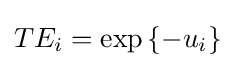
TE_{i}=\exp \left\{{-u_{i}}\right\}